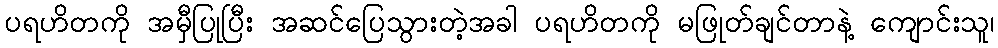
ပရဟိတကို အမှီပြုပြီး အဆင်ပြေသွားတဲ့အခါ ပရဟိတကို မဖြုတ်ချင်တာနဲ့ ကျောင်းသူ၊